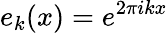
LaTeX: e_{k}(x)=e^{2\pi ikx}